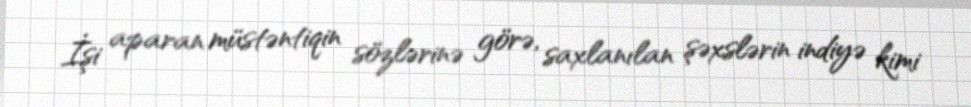
İşi aparan müstəntiqin sözlərinə görə, saxlanılan şəxslərin indiyə kimi